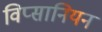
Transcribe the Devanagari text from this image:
विप्सानियन